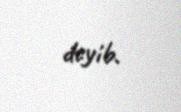
deyib.